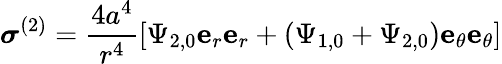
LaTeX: \boldsymbol{\sigma}^{(2)}=\frac{4a^{4}}{r^{4}}\left[\Psi_{2,0}\mathbf{e}_{r}\mathbf{e}_{r}+(\Psi_{1,0}+\Psi_{2,0})\mathbf{e}_{\theta}\mathbf{e}_{\theta}\right]